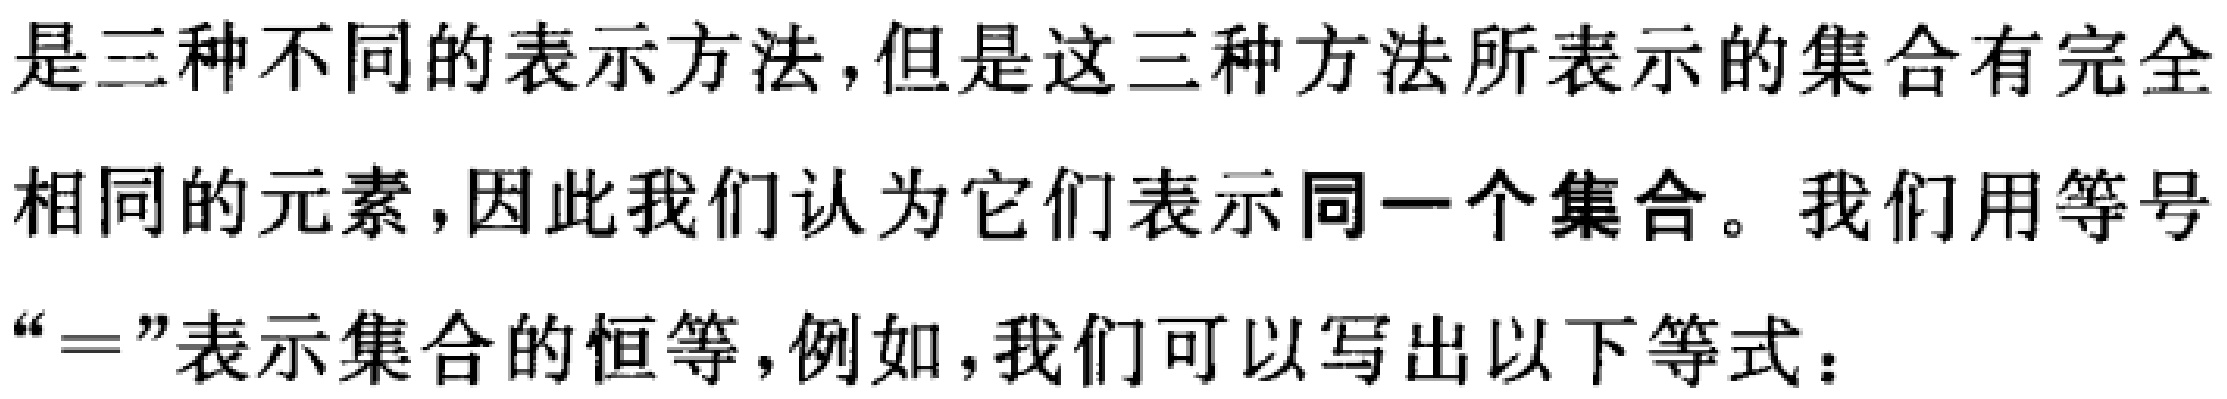
是三种不同的表示方法，但是这三种方法所表示的集合有完全

相同的元素，因此我们认为它们表示同一个集合。我们用等号

“$=$”表示集合的恒等，例如，我们可以写出以下等式：